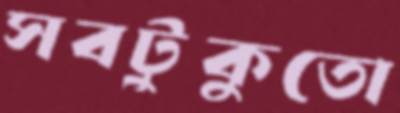
সবটুকুতো